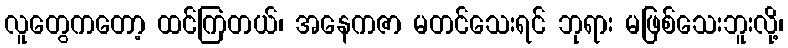
လူတွေကတော့ ထင်ကြတယ်၊ အနေကဇာ မတင်သေးရင် ဘုရား မဖြစ်သေးဘူးလို့၊